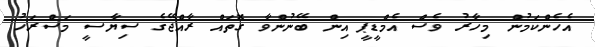
އެހެންކަމުން މިހާރު ވެސް އެމްޑީޕީ އިން ބޭނުންވާ ގޮތައް ރާއްޖޭގެ ސިޔާސީ މަސްރަހު